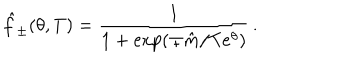
\hat { f } _ { \pm } ( \theta , T ) = \frac { 1 } { 1 + \exp ( \mp \hat { m } / T e ^ { \theta } ) } \, .